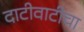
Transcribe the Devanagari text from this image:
दाटीवाटीचा